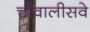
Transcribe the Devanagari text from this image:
चौवालीसवे